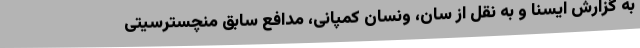
به گزارش ایسنا و به نقل از سان، ونسان کمپانی، مدافع سابق منچسترسیتی